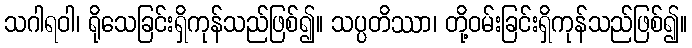
သဂါရဝါ၊ ရိုသေခြင်းရှိကုန်သည်ဖြစ်၍။ သပ္ပတိဿာ၊ တို့ဝမ်းခြင်းရှိကုန်သည်ဖြစ်၍။